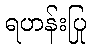
ရဟန်းပြု